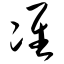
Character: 准